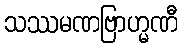
သဿမဏဗြာဟ္မဏီ